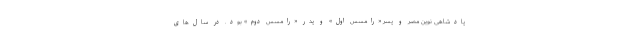
پادشاهی نوین مصر و پسر «رامسس اول» و پدر «رامسس دوم» بود. در سال‌های